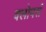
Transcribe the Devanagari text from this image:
क्लोपर्स